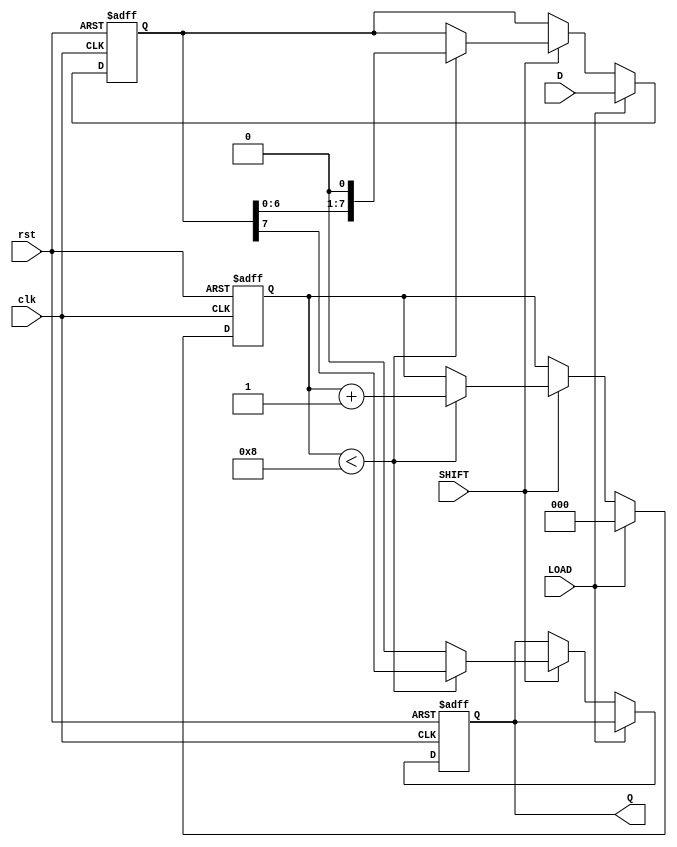
module TwoStagePISO (
    input wire clk,         // Clock signal
    input wire rst,         // Reset signal
    input wire LOAD,        // Load control signal
    input wire SHIFT,       // Shift control signal
    input wire [7:0] D,     // 8-bit parallel data input
    output reg Q           // Serial output
);

    // Internal Registers
    reg [7:0] input_reg;  // First stage register to hold parallel data
    reg [7:0] output_reg; // Second stage register for serialization
    reg [2:0] bit_count;  // Counter for bits shifted out

    // Synchronous Reset and Load Operation
    always @(posedge clk or posedge rst) begin
        if (rst) begin
            input_reg <= 8'b0;      // Clear input register
            output_reg <= 8'b0;     // Clear output register
            Q <= 1'b0;              // Clear serial output
            bit_count <= 3'b0;      // Reset bit counter
        end else begin
            if (LOAD) begin
                input_reg <= D;      // Load parallel data into input register
                output_reg <= D;     // Initialize output register with input data
                bit_count <= 3'b0;    // Reset bit counter for shifting
            end else if (SHIFT) begin
                if (bit_count < 8) begin
                    Q <= output_reg[7]; // Shift out the most significant bit
                    output_reg <= {output_reg[6:0], 1'b0}; // Shift left
                    bit_count <= bit_count + 1; // Increment bit counter
                end else begin
                    Q <= 1'b0; // Output zero after all bits are shifted out
                end
            end
        end
    end

endmodule